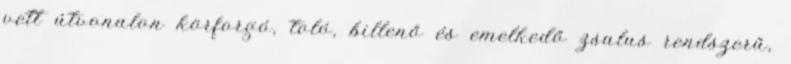
vett útvonalon körforgó, toló, billenő és emelkedő zsalus rendszerű,